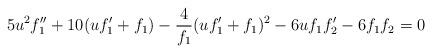
LaTeX: \begin{align*}5 u^{2}f_{1}^{\prime\prime}+10 (uf_{1}^{\prime}+f_{1})-\frac{4}{f_{1}}(uf_{1}^{\prime}+f_{1})^{2}-6uf_{1}f_{2}^{\prime}-6f_{1}f_{2}=0\end{align*}